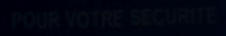
POUR VOTRE SECURITE